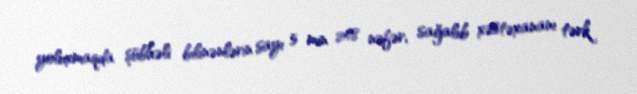
yoluxmaqda şübhəli bilinənlərin sayı 5 min 248 nəfər, sağalıb xəstəxananı tərk